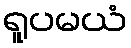
ရူပမယံ